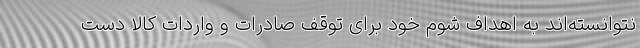
نتوانسته‌اند به اهداف شوم خود برای توقف صادرات و واردات کالا دست